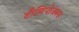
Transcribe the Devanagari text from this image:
टौलिपोअक्स